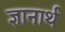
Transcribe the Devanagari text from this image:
ज्ञानार्थ